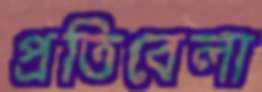
প্রতিবেলা